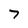
Character: 7